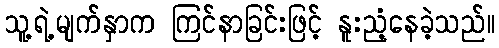
သူ့ရဲ့မျက်နှာက ကြင်နာခြင်းဖြင့် နူးညံ့နေခဲ့သည်။